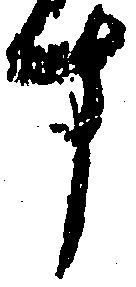
す